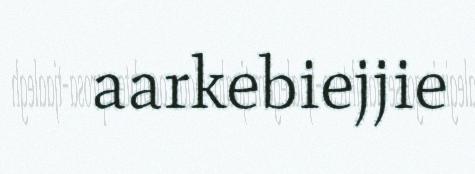
aarkebiejjie